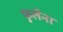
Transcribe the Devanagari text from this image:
फुलेंना